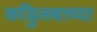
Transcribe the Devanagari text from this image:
कडुिलबाच्या